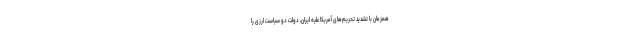
همزمان با تشدید تحریم‌های آمریکا علیه ایران، دولت دو سیاست ارزی را